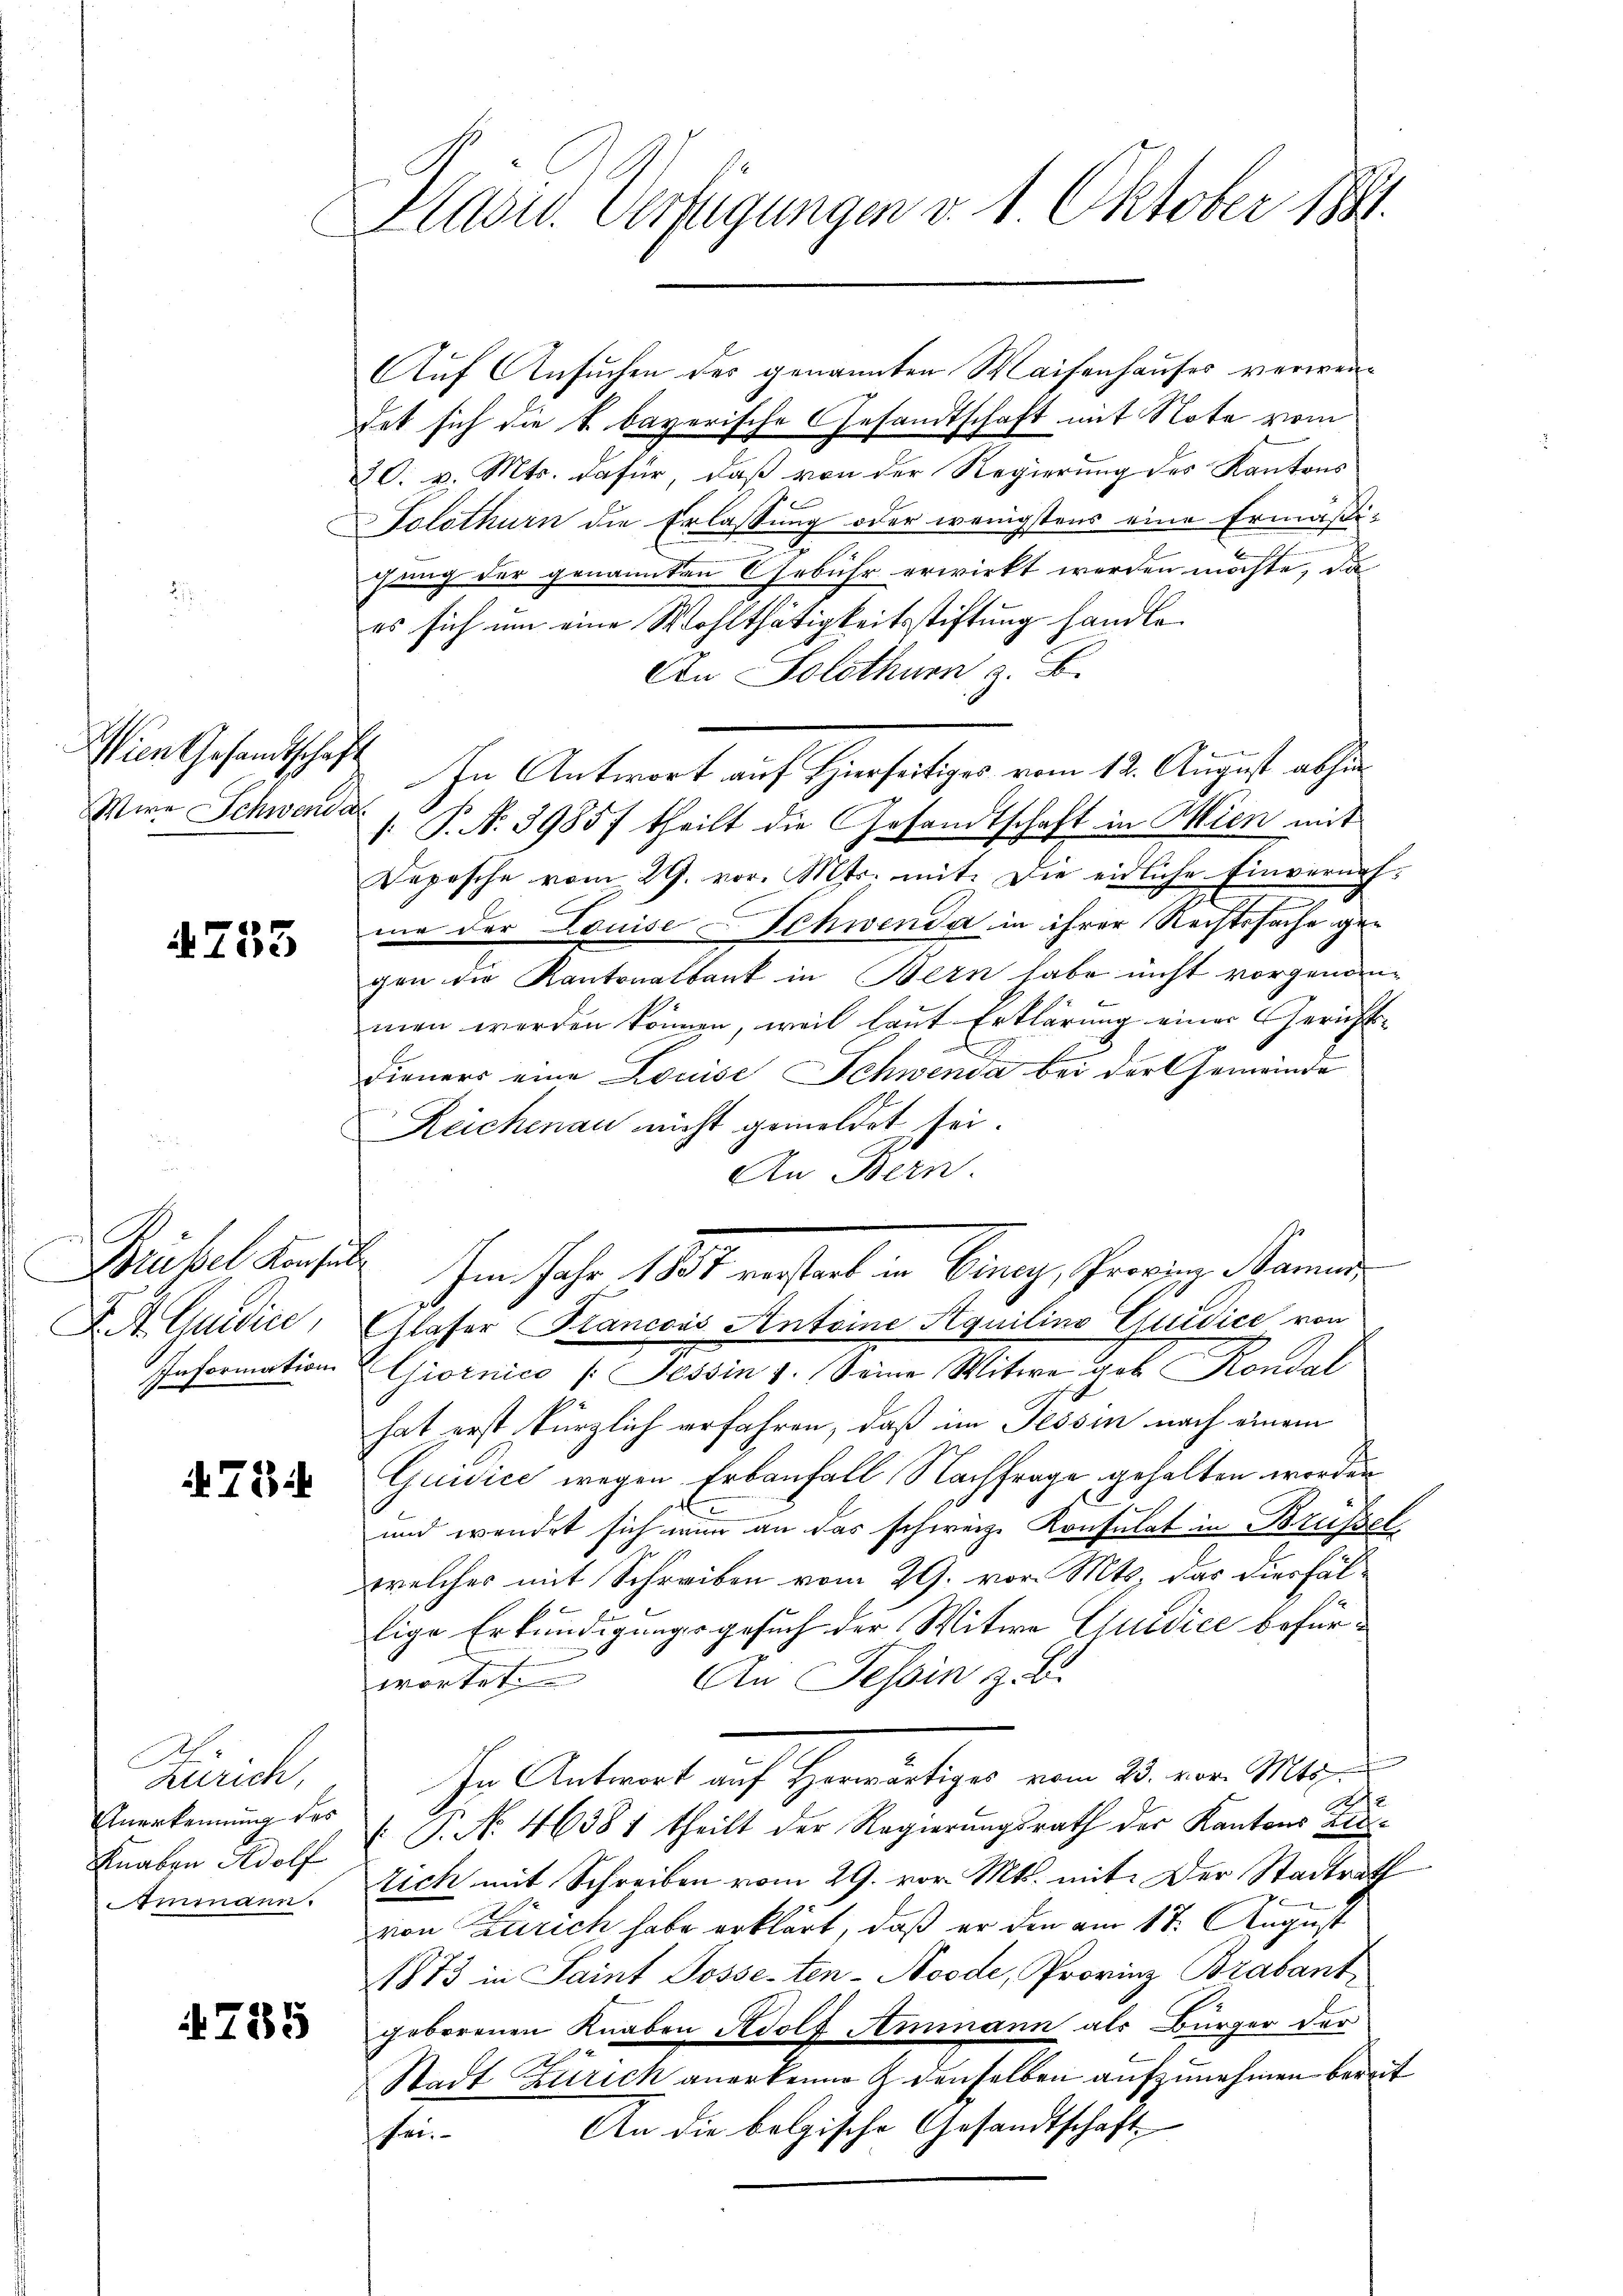
Wien Gesandtschaft
Were Schwender

4753

Brübel Konsul
Information

73

Zürich,
Anerkennung des
Knaben Adolf
Ammann.

725

Präsid. Verfügungen v. 1. Oktober 1841.

Auf Ansuchen des genannten Waisenhauses verwendet sich die k. bayerische Gesandtschaft mit Note vom
30. v. Mts. dafür, daß von der Regierung des Kantons
Solothurn die Erlassung oder wenigstens eine Ermäßi-
gung der genannten Gebühr erwirkt werden möchte, da
es sich um eine Wohlthätigkeitsstiftung handle.
An Solothurn, z. B.
In Antwort auf Hierseitiges vom 12. August abhin
. P. N. 3985f theilt die Gesandtschaft in Wien mit
Depesche vom 29. vor. Mts. mit. Die eidliche Einvernehme der Louise Schwenda in ihrer Rechtssache gegen die Kantonalbank in Bern habe nicht vorgenommen werden können, weil laut Erklärung einer Gerichts-
E
Dieners eine Louise Schwenda bei der Gemeinde
Reichenau nicht gemeldet sei.
An Bern.
dem Jahr 1851 erstent in Benay, Provinz Stammen
F. A. Quidice, Glaser Francons Antoine Aquilino Quidice von
Giornico (Tessin 1. Seine Witwe gob Rondal
hat erst kürzlich erfahren, daß im Tessin nach einem
Quidice wegen Erbanfall Nachfrage gehalten worden
und wendet sich nun an das schweiz. Konsulat in Brütet.
welches mit Schreiben vom 29. vor. Mts. das diesfällige Erkundigungsgesuch der Witwe Quidice befür¬
An Tessin z. B.
wortet.
In Antwort auf Herwärtiger vom 13. vor. Mts.
P. No 46381 theilt der Regierungsrath der Kantons Uri¬
Eich mit Schreiben vom 29. vor. Mts. mit: Der Stadtrath
 x
von Zürich habe erklärt, daß er den am 17. August
1873 in Saint Posse-ten-Noode, Provinz Brabant,
geborenen Knaben Adolf Ammann als Bürger der
Stadt Zürich anerkenne & denselben aufzunehmen bereit
An die belgische Gesandtschaft
hei¬